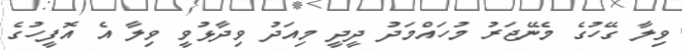
ވިލާ ގޭހުގެ މެނޭޖަރު މުހައްމަދު ދީދީ މިއަދު ވިދާޅުވީ ވިލާ އެ އޮފީހުގެ